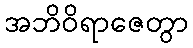
အဘိဝိရာဇေတွာ